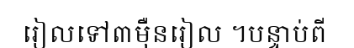
រៀលទៅ៣ម៉ឺនរៀល ។បន្ទាប់ពី